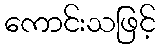
ကောင်းသဖြင့်